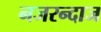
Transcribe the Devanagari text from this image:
नजरन्दाज